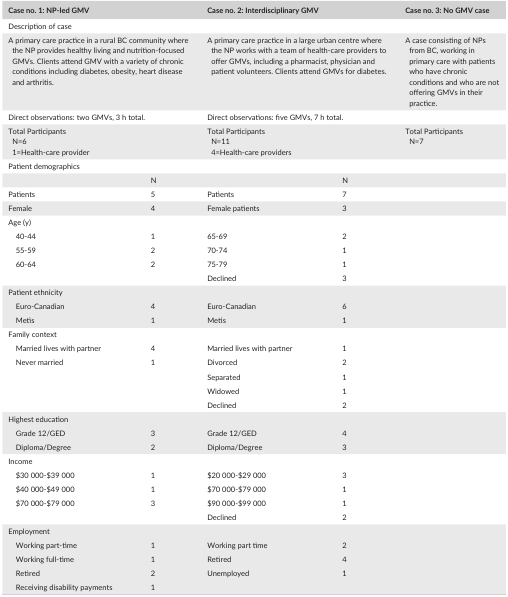
<table><thead><tr><td colspan="2"><b>Case no. 1: NP‐led GMV</b></td><td colspan="2"><b>Case no. 2: Interdisciplinary GMV</b></td><td><b>Case no. 3: No GMV case</b></td></tr></thead><tbody><tr><td colspan="5">Description of case</td></tr><tr><td colspan="2">A primary care practice in a rural BC community where the NP provides healthy living and nutrition‐focused GMVs. Clients attend GMV with a variety of chronic conditions including diabetes, obesity, heart disease and arthritis.</td><td colspan="2">A primary care practice in a large urban centre where the NP works with a team of health‐care providers to offer GMVs, including a pharmacist, physician and patient volunteers. Clients attend GMVs for diabetes.</td><td>A case consisting of NPs from BC, working in primary care with patients who have chronic conditions and who are not offering GMVs in their practice.</td></tr><tr><td colspan="2">Direct observations: two GMVs, 3 h total.</td><td colspan="2">Direct observations: five GMVs, 7 h total.</td><td></td></tr><tr><td colspan="2">Total ParticipantsN=61=Health‐care provider</td><td colspan="2">Total ParticipantsN=114=Health‐care providers</td><td>Total ParticipantsN=7</td></tr><tr><td colspan="4">Patient demographics</td><td></td></tr><tr><td></td><td>N</td><td></td><td>N</td><td></td></tr><tr><td>Patients</td><td>5</td><td>Patients</td><td>7</td><td></td></tr><tr><td>Female</td><td>4</td><td>Female patients</td><td>3</td><td></td></tr><tr><td colspan="4">Age (y)</td><td></td></tr><tr><td>40‐44</td><td>1</td><td>65‐69</td><td>2</td><td></td></tr><tr><td>55‐59</td><td>2</td><td>70‐74</td><td>1</td><td></td></tr><tr><td>60‐64</td><td>2</td><td>75‐79</td><td>1</td><td></td></tr><tr><td></td><td></td><td>Declined</td><td>3</td><td></td></tr><tr><td colspan="4">Patient ethnicity</td><td></td></tr><tr><td>Euro‐Canadian</td><td>4</td><td>Euro‐Canadian</td><td>6</td><td></td></tr><tr><td>Metis</td><td>1</td><td>Metis</td><td>1</td><td></td></tr><tr><td colspan="4">Family context</td><td></td></tr><tr><td>Married lives with partner</td><td>4</td><td>Married lives with partner</td><td>1</td><td></td></tr><tr><td>Never married</td><td>1</td><td>Divorced</td><td>2</td><td></td></tr><tr><td></td><td></td><td>Separated</td><td>1</td><td></td></tr><tr><td></td><td></td><td>Widowed</td><td>1</td><td></td></tr><tr><td></td><td></td><td>Declined</td><td>2</td><td></td></tr><tr><td colspan="4">Highest education</td><td></td></tr><tr><td>Grade 12/GED</td><td>3</td><td>Grade 12/GED</td><td>4</td><td></td></tr><tr><td>Diploma/Degree</td><td>2</td><td>Diploma/Degree</td><td>3</td><td></td></tr><tr><td colspan="4">Income</td><td></td></tr><tr><td>$30 000‐$39 000</td><td>1</td><td>$20 000‐$29 000</td><td>3</td><td></td></tr><tr><td>$40 000‐$49 000</td><td>1</td><td>$70 000‐$79 000</td><td>1</td><td></td></tr><tr><td>$70 000‐$79 000</td><td>3</td><td>$90 000‐$99 000</td><td>1</td><td></td></tr><tr><td></td><td></td><td>Declined</td><td>2</td><td></td></tr><tr><td colspan="4">Employment</td><td></td></tr><tr><td>Working part‐time</td><td>1</td><td>Working part time</td><td>2</td><td></td></tr><tr><td>Working full‐time</td><td>1</td><td>Retired</td><td>4</td><td></td></tr><tr><td>Retired</td><td>2</td><td>Unemployed</td><td>1</td><td></td></tr><tr><td>Receiving disability payments</td><td>1</td><td></td><td></td><td></td></tr></tbody></table>